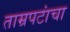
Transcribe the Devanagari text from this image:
ताम्रपटांचा